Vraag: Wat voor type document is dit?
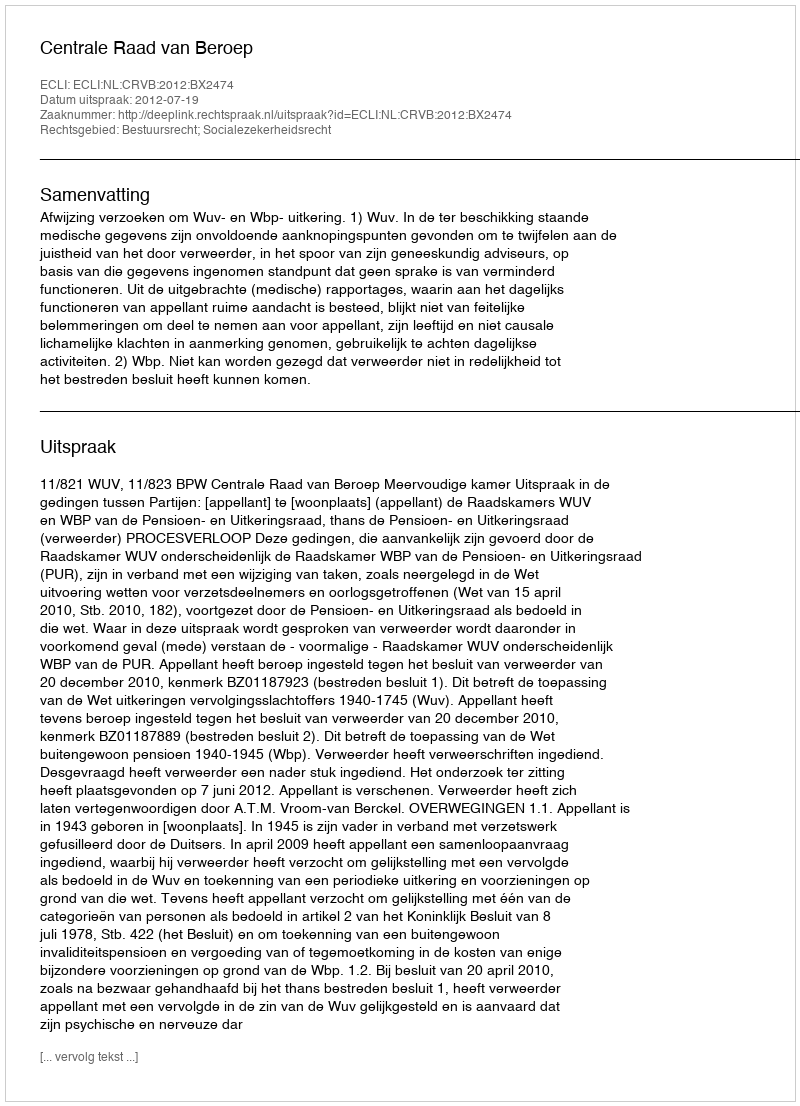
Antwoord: Uitspraak